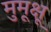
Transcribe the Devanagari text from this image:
मुमूक्षू